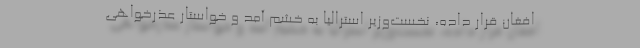
افغان قرار داده، نخست‌وزیر استرالیا به خشم آمد و خواستار عذرخواهی